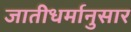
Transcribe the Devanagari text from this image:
जातीधर्मानुसार